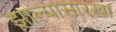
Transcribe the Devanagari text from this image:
झाल्यासारखा